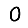
Digit: 0